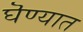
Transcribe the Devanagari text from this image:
घॆण्यात